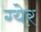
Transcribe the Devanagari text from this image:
ग्येर